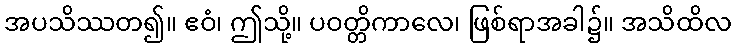
အပသိဿတ၍။ ဧဝံ၊ ဤသို့။ ပဝတ္တိကာလေ၊ ဖြစ်ရာအခါ၌။ အသိထိလ